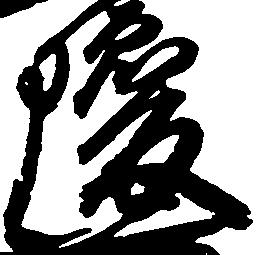
瓊